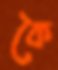
কৈ